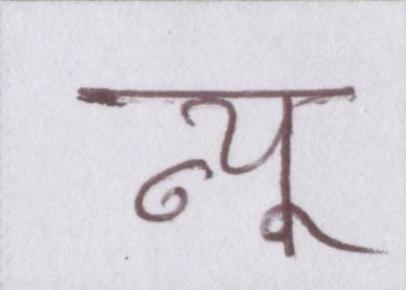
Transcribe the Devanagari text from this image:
न्यू